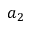
a _ { 2 }